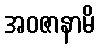
အဝဇာနာမိ